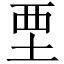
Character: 垔